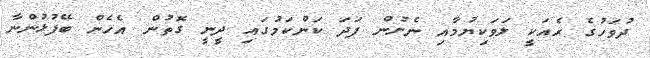
ދުވަހުގެ ރެއަކީ ލަވަކިޔުމާއި ނެށުން ފަދަ ކަންކަމުގައި ދީނީ ގޮތުން އެހެން ބޭފުޅުންނާ